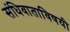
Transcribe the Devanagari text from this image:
संधिवाताविषयी